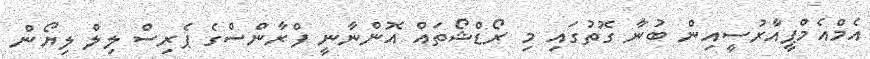
އެމްއެމްޕީއާރުސީއިން ބުނާ ގޮތުގައި މި ރޯޑްޝޯތައް އޮންނާނީ ފްރާންސްގެ ޕެރިސް ލިލް ލިޔޯން